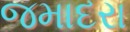
જમાદરા